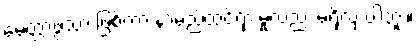
မေတ္တာဖွဲ့သာ ဖြစ်ကာ နာမည်ထင်ရှားမှုလည်း မရှိလှ ပါဘူး။